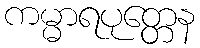
ကမ္မာရပုတ္တေန